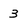
Character: 3